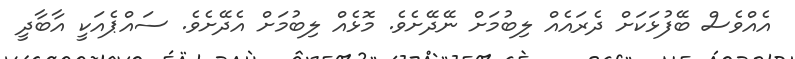
އެއްވެސް ބޭފުޅަކަށް ދެރައެއް ލިބުމަށް ނޭދޭށެވެ. މޮޅެއް ލިބުމަށް އެދޭށެވެ. ސައްޕެއަކީ އާބާދީ